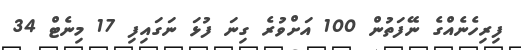
ފިރިހެނެއްގެ ނޭފަތުން 100 އަށްވުރެ ގިނަ ފުޅަ ނަގައިފި 17 މިނެޓް 34